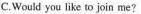
C.Would you like so join me?